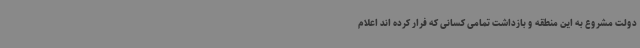
دولت مشروع به این منطقه و بازداشت تمامی کسانی که فرار کرده اند اعلام